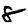
Digit: 8